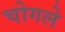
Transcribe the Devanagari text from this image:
चोगले